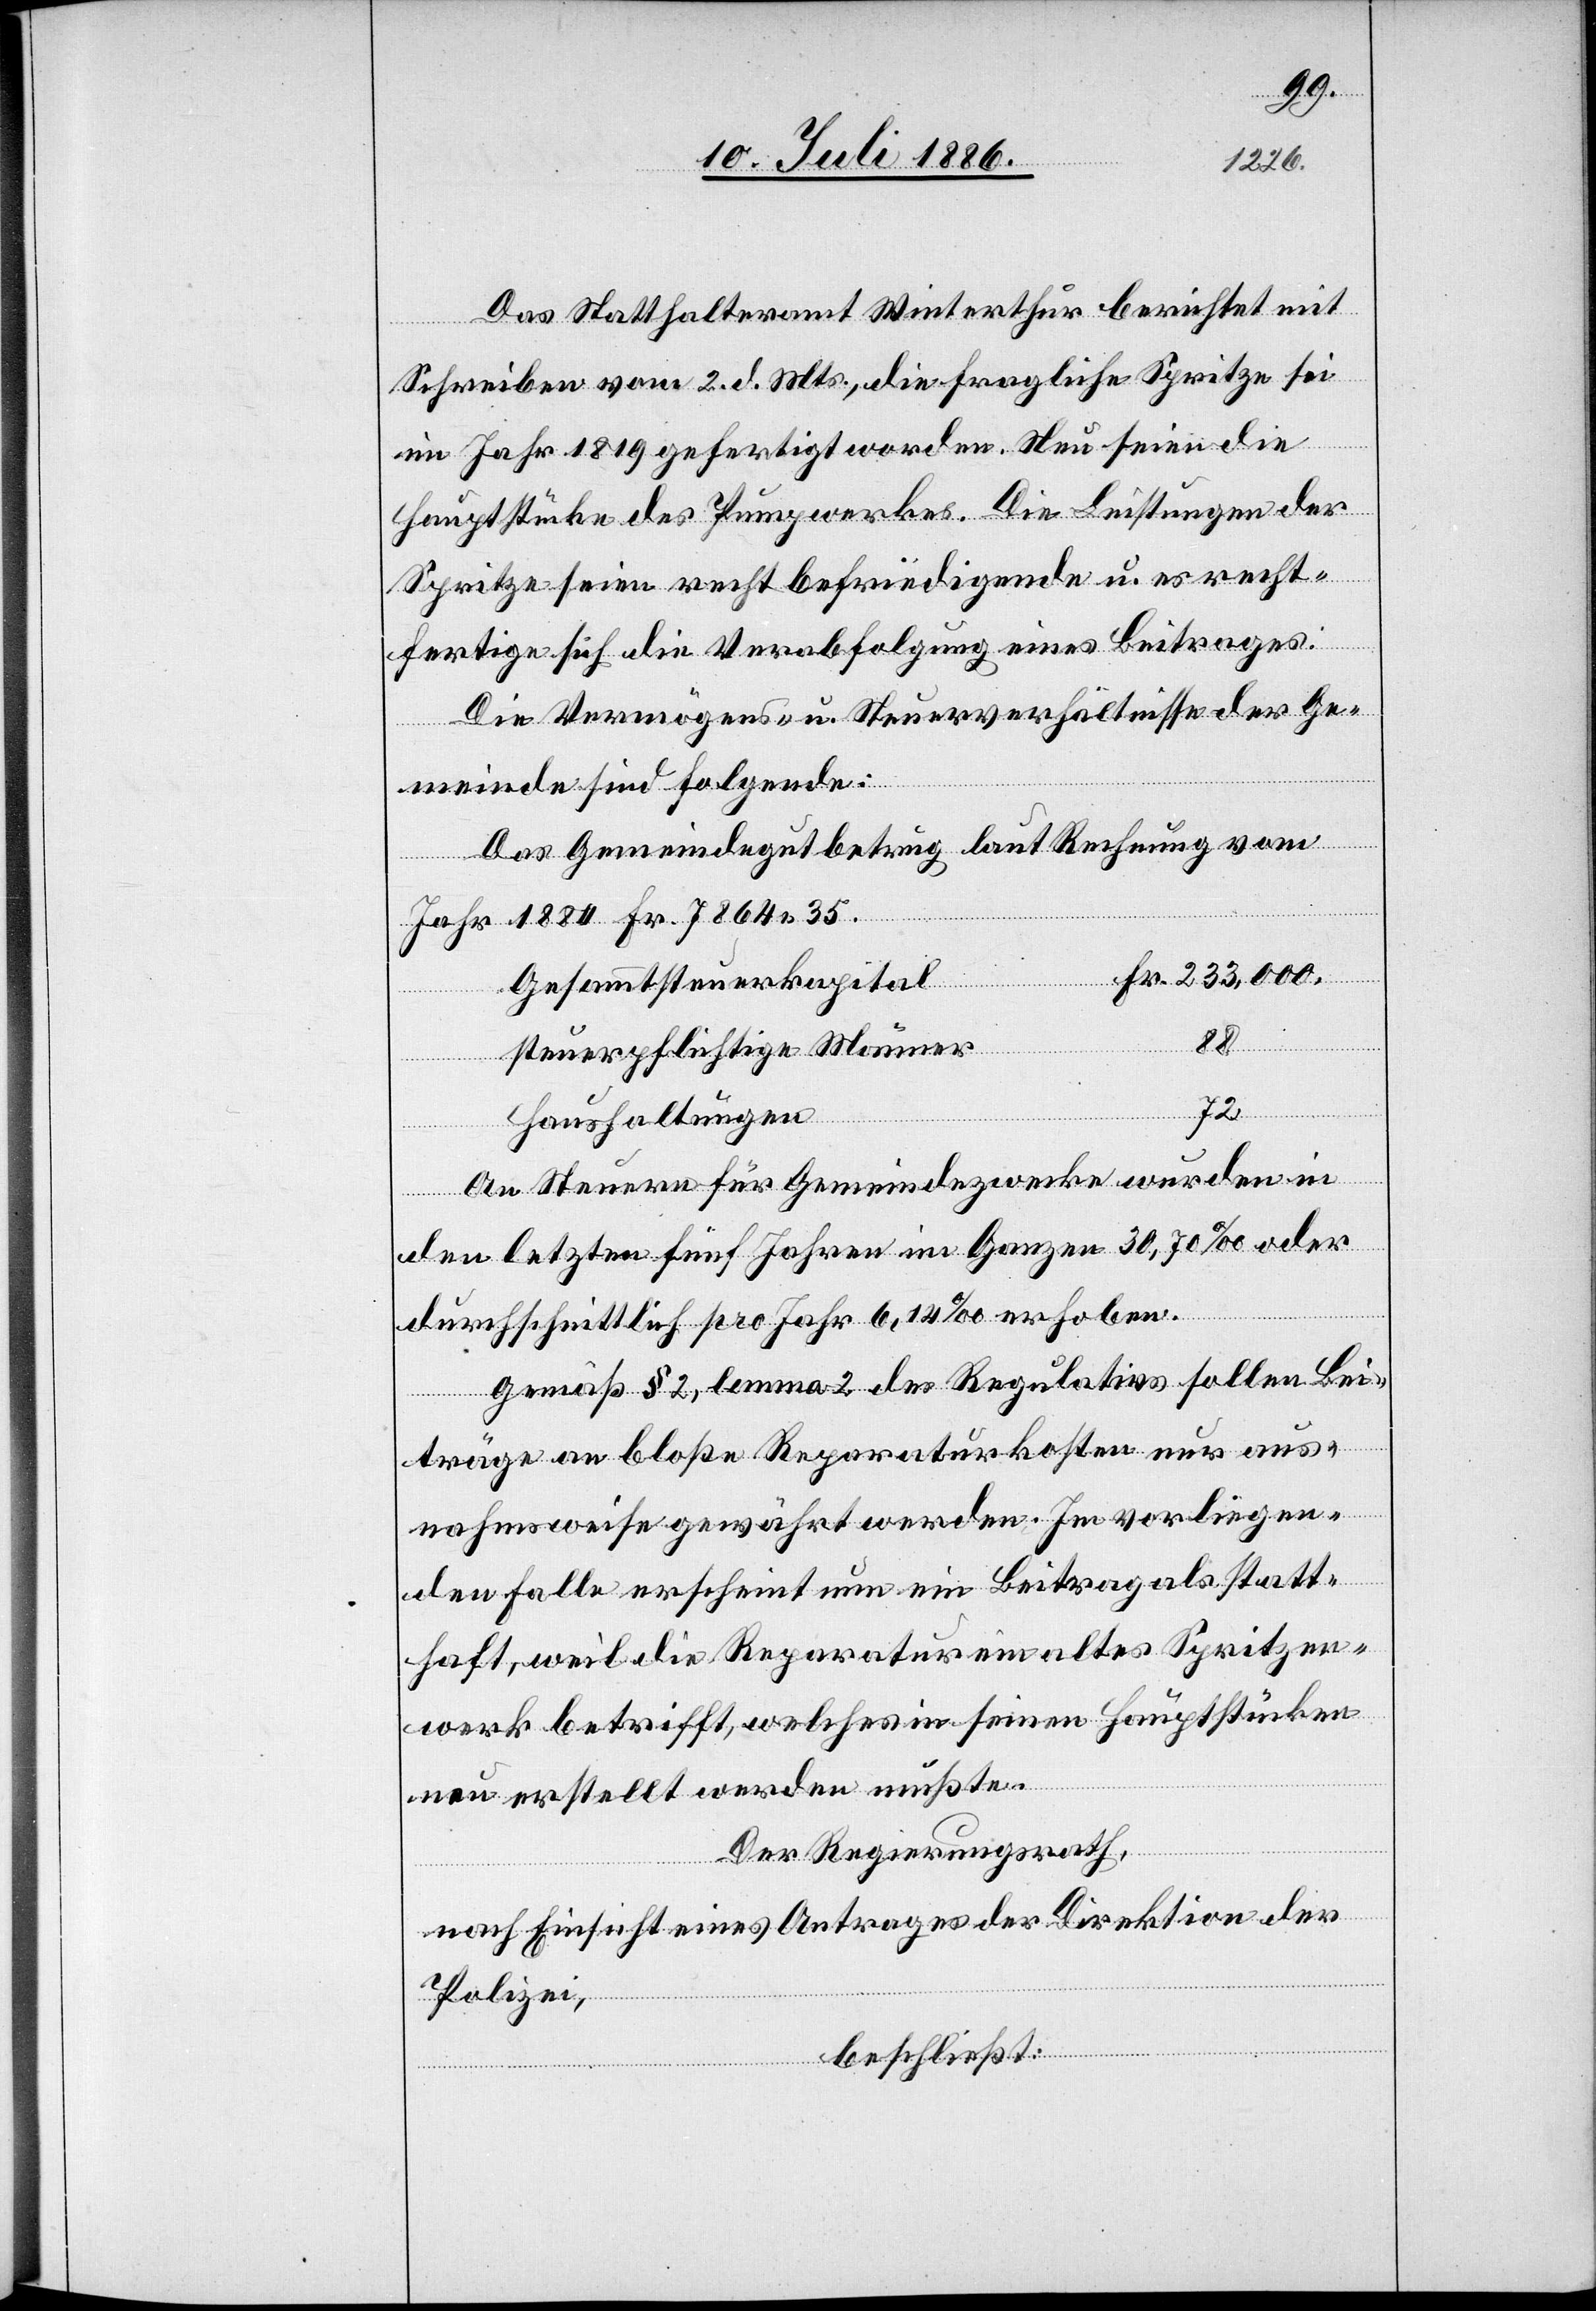
Das Statthalteramt Winterthur berichtet mit
Schreiben vom 2. d. Mts., die fragliche Spritze sei
im Jahr 1819 gefertigt worden. Neu seien die
Hauptstücke des Pumpwerkes. Die Leistungen der
Spritze seien recht befriedigende u. es recht¬
fertige sich die Verabfolgung eines Beitrages.
Die Vermögens- u. Steuerverhältnisse der Ge¬
uerkapital
meinde sind folgende:
Das Gemeindegut betrug laut Rechnung vom
Jahr 1884 Fr. 7864 35.
Fr.
steuerpflichtige Männer
88
Haushaltungen
An Steuern für Gemeindezwecke wurde in
den letzten fünf Jahren im Ganzen 30,70‰ oder
durchschnittlich pro Jahr 6,14‰ erhoben.
Gemäß § 2, lemma 2 des Regulativs sollen Bei¬
träge an bloße Reparaturkosten nur aus¬
nahmsweise gewährt werden. Im vorliegen¬
den Falle erscheint nun ein Beitrag als statt¬
haft, weil die Reparatur ein altes Spritzen¬
werk betrifft, welches in seinen Hauptstücken
neu erstellt werden mußte.
Der Regierungsrath,
nach Einsicht eines Antrages der Direktion der
Polizei,
beschließt: